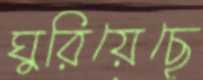
ঘুরিয়েছে